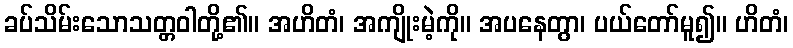
ခပ်သိမ်းသောသတ္တဝါတို့၏။ အဟိတံ၊ အကျိုးမဲ့ကို။ အပနေတွာ၊ ပယ်တော်မူ၍။ ဟိတံ၊